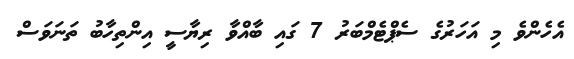
އެހެންވެ މި އަހަރުގެ ސެޕްޓެމްބަރު 7 ގައި ބާއްވާ ރިޔާސީ އިންތިހާބު ތަނަވަސް